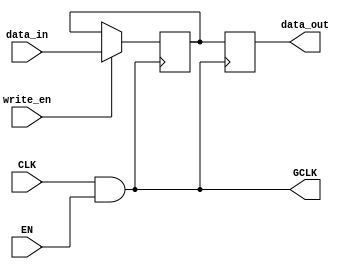
module conditional_clock_gating (
    input wire CLK,        // Primary clock signal
    input wire EN,         // Enable signal
    output wire GCLK,      // Gated clock signal
    input wire [7:0] data_in, // Data input for memory block
    input wire write_en,   // Write enable signal
    output reg [7:0] data_out // Data output from memory block
);

    // Gating logic: GCLK is the AND of CLK and EN
    assign GCLK = CLK & EN;

    // Memory block (simple register for demonstration)
    reg [7:0] memory; // 8-bit memory storage

    always @(posedge GCLK) begin
        if (write_en) begin
            memory <= data_in; // Write data to memory
        end
        data_out <= memory; // Read data from memory
    end

endmodule